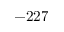
- 2 2 7